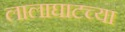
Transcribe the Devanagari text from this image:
लालाघाटच्या